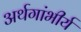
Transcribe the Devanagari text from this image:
अर्थगांभीर्य